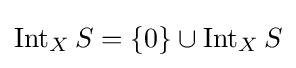
\operatorname {Int} _{X}S=\{0\}\cup \operatorname {Int} _{X}S